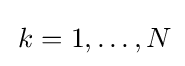
\,k=1,\ldots ,N